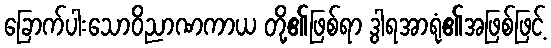
ခြောက်ပါးသောဝိညာဏကာယ တို့၏ဖြစ်ရာ ဒွါရအာရုံ၏အဖြစ်ဖြင့်